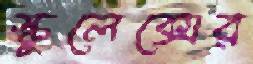
স্কুলেক্সের